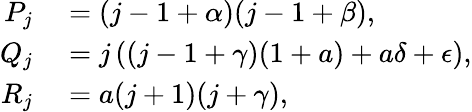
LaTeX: \begin{array}{rl}{P_{j}}&{{}=(j-1+\alpha)(j-1+\beta),}\\ {Q_{j}}&{{}=j\left((j-1+\gamma)(1+a)+a\delta+\epsilon\right),}\\ {R_{j}}&{{}=a(j+1)(j+\gamma),}\end{array}